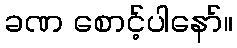
ခဏ စောင့်ပါနော်။